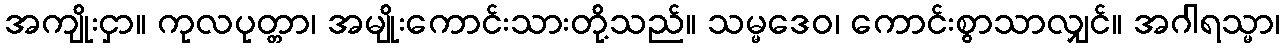
အကျိုးငှာ။ ကုလပုတ္တာ၊ အမျိုးကောင်းသားတို့သည်။ သမ္မဒေဝ၊ ကောင်းစွာသာလျှင်။ အဂါရသ္မာ၊